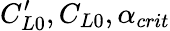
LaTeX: C_{L0}^{\prime},C_{L0},\alpha_{crit}